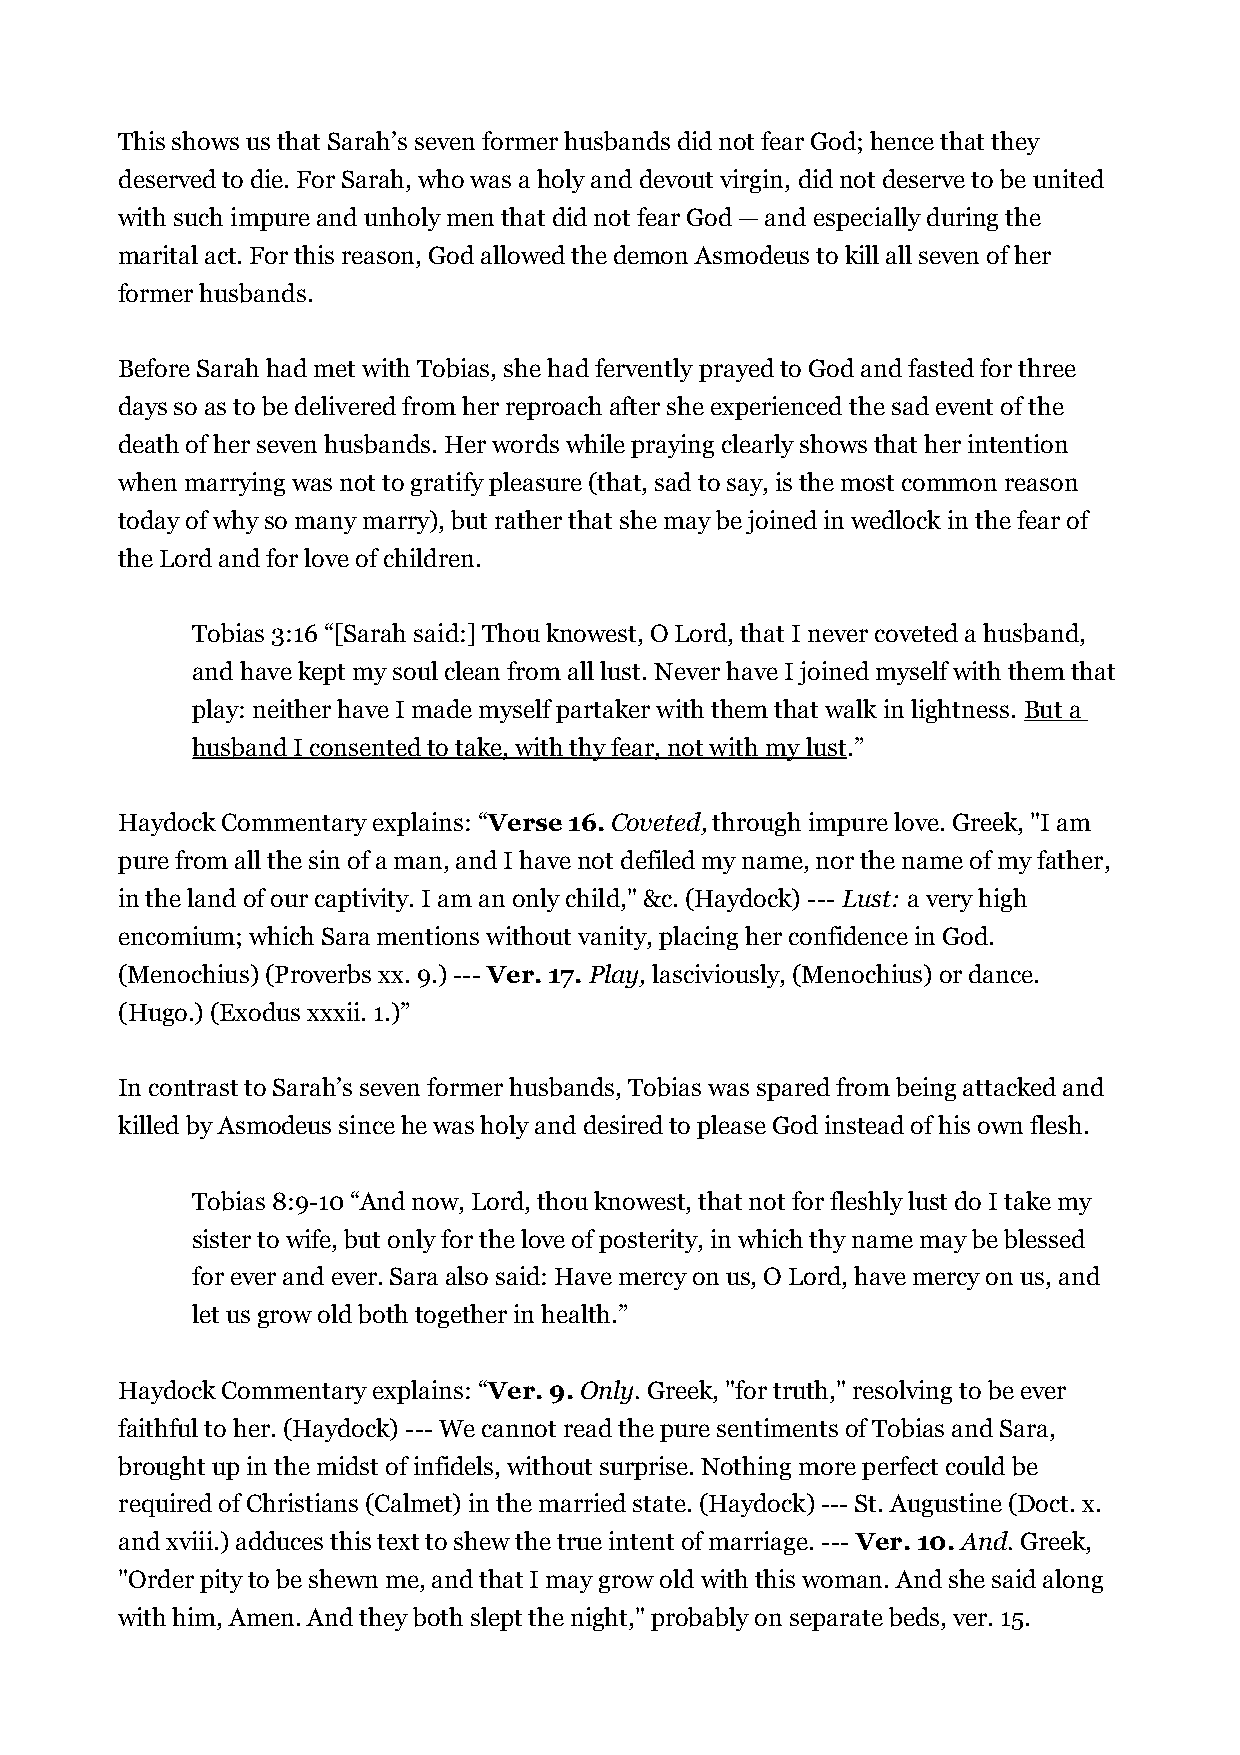
This shows us that Sarah’s seven former husbands did not fear God; hence that they
 deserved to die. For Sarah, who was a holy and devout virgin, did not deserve to be united
 with such impure and unholy men that did not fear God — and especially during the
 marital act. For this reason, God allowed the demon Asmodeus to kill all seven of her
 former husbands.
 Before Sarah had met with Tobias, she had fervently prayed to God and fasted for three
 days so as to be delivered from her reproach after she experienced the sad event of the
 death of her seven husbands. Her words while praying clearly shows that her intention
 when marrying was not to gratify pleasure (that, sad to say, is the most common reason
 today of why so many marry), but rather that she may be joined in wedlock in the fear of
 the Lord and for love of children.
 Tobias 3:16 “[Sarah said:] Thou knowest, O Lord, that I never coveted a husband,
 and have kept my soul clean from all lust. Never have I joined myself with them that
 play: neither have I made myself partaker with them that walk in lightness. But a
 husband I consented to take, with thy fear, not with my lust.”
 Haydock Commentary explains: “Verse 16. Coveted, through impure love. Greek, "I am
 pure from all the sin of a man, and I have not defiled my name, nor the name of my father,
 in the land of our captivity. I am an only child," &c. (Haydock) --- Lust: a very high
 encomium; which Sara mentions without vanity, placing her confidence in God.
 (Menochius) (Proverbs xx. 9.) --- Ver. 17. Play, lasciviously, (Menochius) or dance.
 (Hugo.) (Exodus xxxii. 1.)”
 In contrast to Sarah’s seven former husbands, Tobias was spared from being attacked and
 killed by Asmodeus since he was holy and desired to please God instead of his own flesh.
 Tobias 8:9-10 “And now, Lord, thou knowest, that not for fleshly lust do I take my
 sister to wife, but only for the love of posterity, in which thy name may be blessed
 for ever and ever. Sara also said: Have mercy on us, O Lord, have mercy on us, and
 let us grow old both together in health.”
 Haydock Commentary explains: “Ver. 9. Only. Greek, "for truth," resolving to be ever
 faithful to her. (Haydock) --- We cannot read the pure sentiments of Tobias and Sara,
 brought up in the midst of infidels, without surprise. Nothing more perfect could be
 required of Christians (Calmet) in the married state. (Haydock) --- St. Augustine (Doct. x.
 and xviii.) adduces this text to shew the true intent of marriage. --- Ver. 10. And. Greek,
 "Order pity to be shewn me, and that I may grow old with this woman. And she said along
 with him, Amen. And they both slept the night," probably on separate beds, ver. 15.